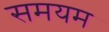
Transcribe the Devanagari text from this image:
समयम